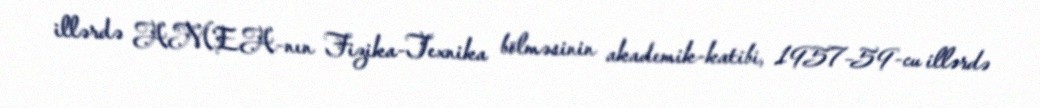
illərdə AMEA-nın Fizika-Texnika bölməsinin akademik-katibi, 1957–59-cu illərdə